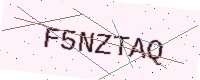
Text: F5NZTAQ